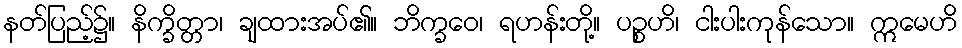
နတ်ပြည့်၌။ နိက္ခိတ္တာ၊ ချထားအပ်၏။ ဘိက္ခဝေ၊ ရဟန်းတို့။ ပဉ္စဟိ၊ ငါးပါးကုန်သော။ ဣမေဟိ